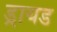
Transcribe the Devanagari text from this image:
ड्रायड